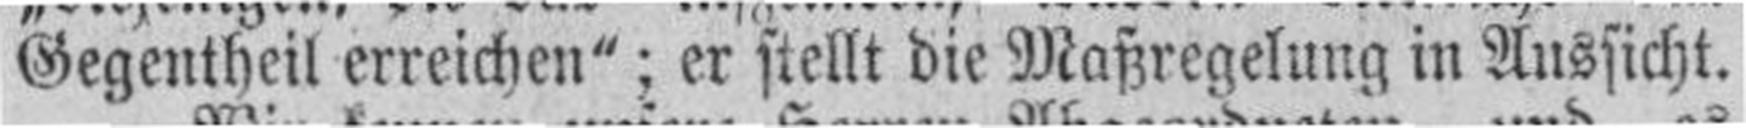
Gegentheil erreichen": er stellt die Maßregelung in Aussicht.